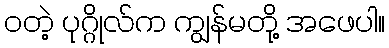
ဝတဲ့ ပုဂ္ဂိုလ်က ကျွန်မတို့ အဖေပါ။